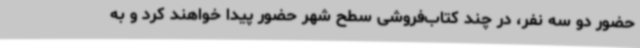
حضور دو سه نفر، در چند کتاب‌فروشی سطح شهر حضور پیدا خواهند کرد و به